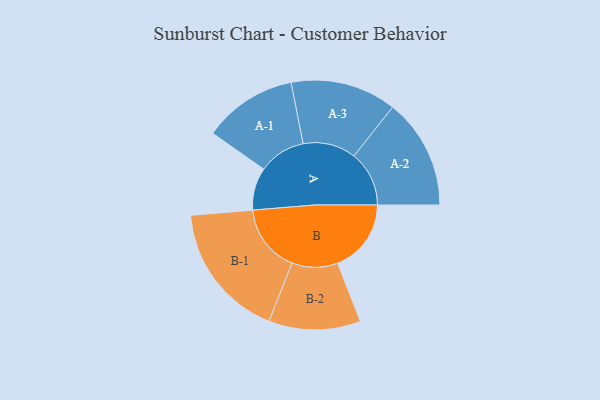
{"axis": {"x": "Segment", "y": "Value"}, "legend": ["", "A", "B"], "data": [{"x": "A", "y": 151, "type": ""}, {"x": "B", "y": 261, "type": ""}, {"x": "A-1", "y": 167, "type": "A"}, {"x": "A-2", "y": 196, "type": "A"}, {"x": "A-3", "y": 188, "type": "A"}, {"x": "B-1", "y": 242, "type": "B"}, {"x": "B-2", "y": 163, "type": "B"}]}